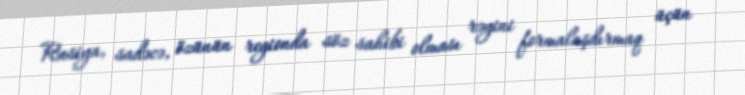
Rusiya, sadəcə, özünün regionda söz sahibi olması rəyini formalaşdırmaq üçün